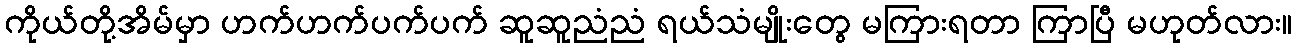
ကိုယ်တို့အိမ်မှာ ဟက်ဟက်ပက်ပက် ဆူဆူညံညံ ရယ်သံမျိုးတွေ မကြားရတာ ကြာပြီ မဟုတ်လား။